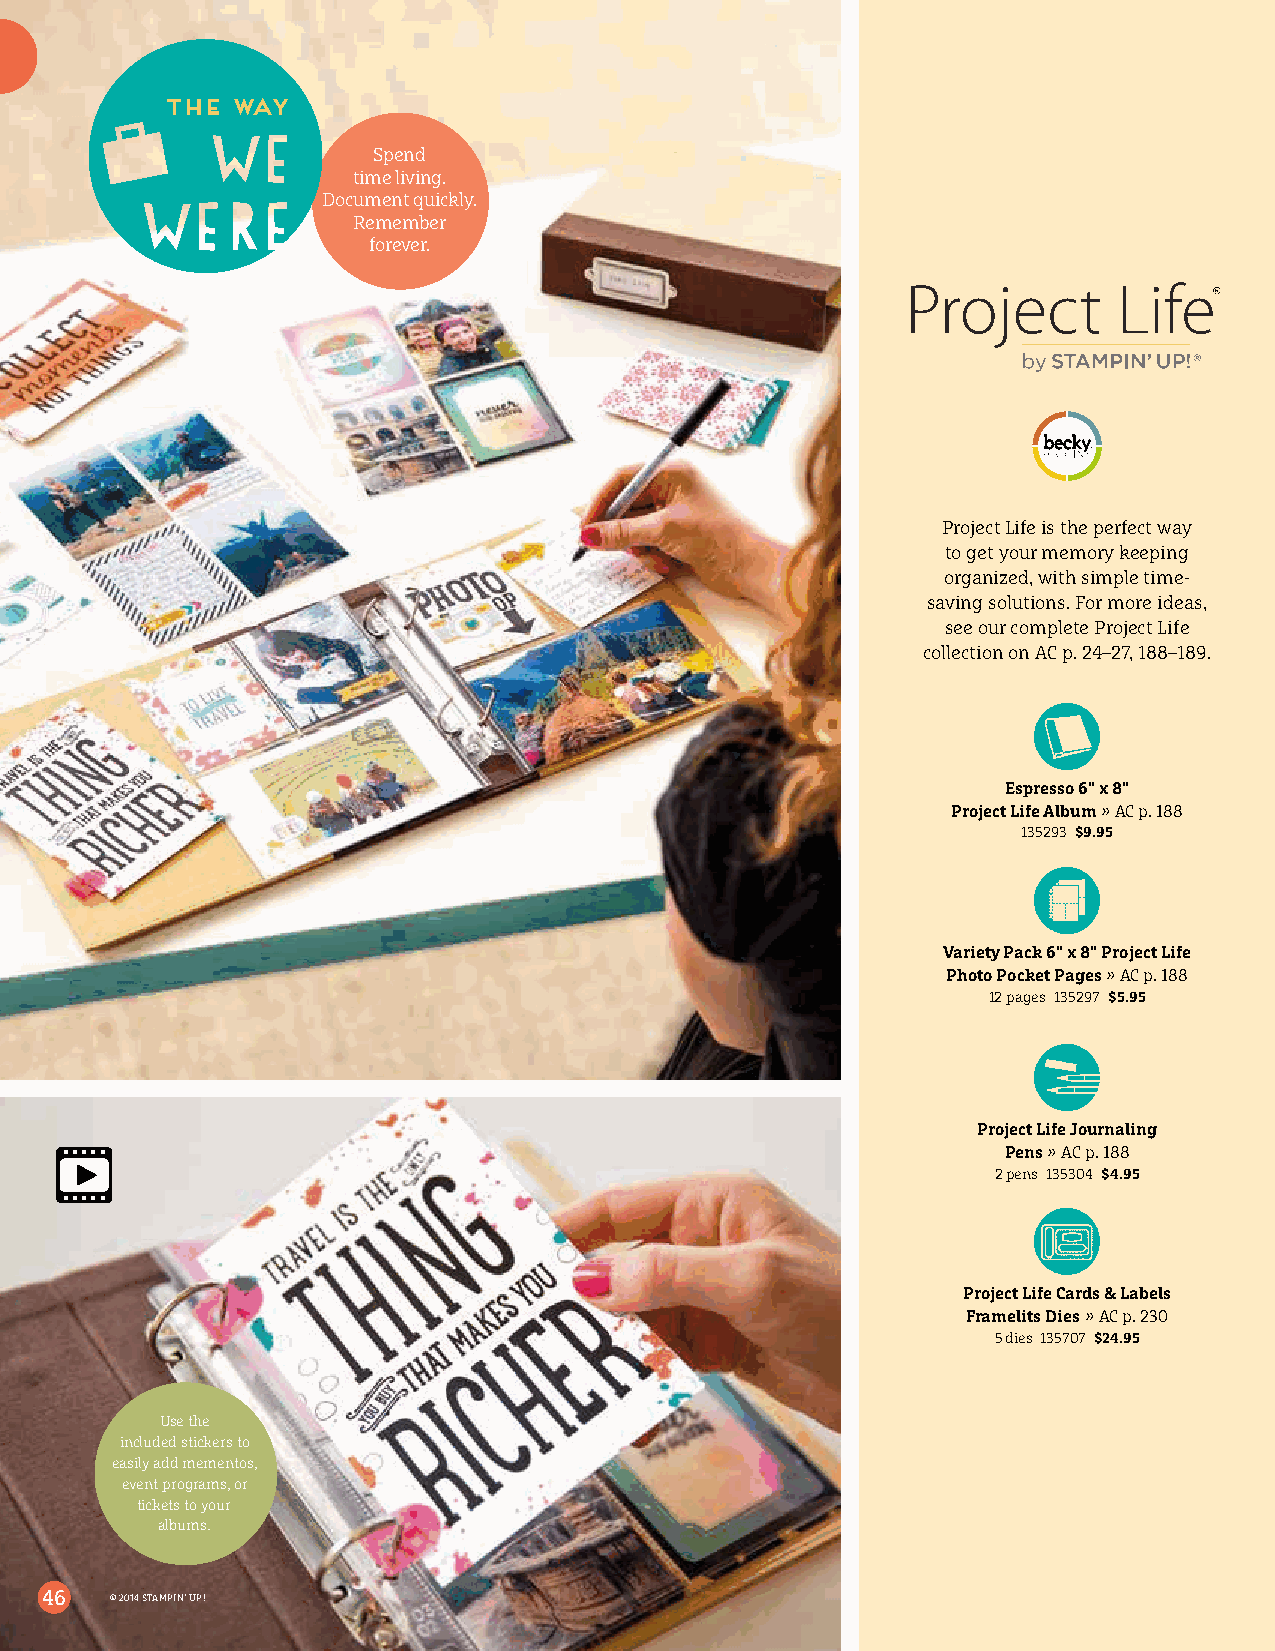
the way
 Spend
 time living.
 Document quickly.
 Remember
 forever.
 Project Life is the perfect way
 to get your memory keeping
 organized, with simple time-
 saving solutions. For more ideas,
 see our complete Project Life
 collection on AC p. 24–27, 188–189.
 Espresso 6" x 8"
 Project Life Album » AC p. 188
 135293 $9.95
 Variety Pack 6" x 8" Project Life
 Photo Pocket Pages » AC p. 188
 12 pages 135297 $5.95
 Project Life Journaling
 Pens » AC p. 188
 2 pens 135304 $4.95
 Project Life Cards & Labels
 Framelits Dies » AC p. 230
 5 dies 135707 $24.95
 Use the
 included stickers to
 easily add mementos,
 event programs, or
 tickets to your
 albums.
 46  © 2014 STAMPIN’ UP!